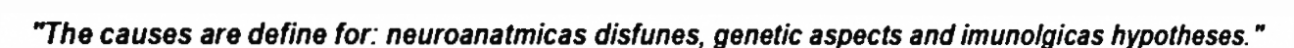
"The causes are define for: neuroanatmicas disfunes, genetic aspects and imunolgicas hypotheses."